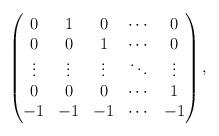
LaTeX: \begin{align*}\begin{pmatrix}0 &1 & 0 & \cdots & 0\\0 & 0 & 1 & \cdots & 0 \\\vdots & \vdots & \vdots & \ddots &\vdots \\0 & 0 & 0 & \cdots & 1 \\-1 & -1 & -1 &\cdots & -1\end{pmatrix},\end{align*}